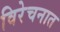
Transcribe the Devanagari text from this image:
विरेचनात